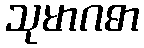
သုမာဂဓာ